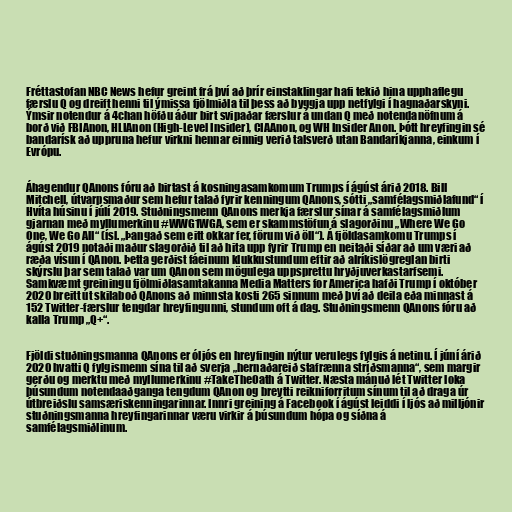
Fréttastofan NBC News hefur greint frá því að þrír einstaklingar hafi tekið hina upphaflegu
færslu Q og dreift henni til ýmissa fjölmiðla til þess að byggja upp netfylgi í hagnaðarskyni.
Ýmsir notendur á 4chan höfðu áður birt svipaðar færslur á undan Q með notendanöfnum á
borð við FBIAnon, HLIAnon (High-Level Insider), CIAAnon, og WH Insider Anon. Þótt hreyfingin sé
bandarísk að uppruna hefur virkni hennar einnig verið talsverð utan Bandaríkjanna, einkum í
Evrópu.

Áhagendur QAnons fóru að birtast á kosningasamkomum Trumps í ágúst árið 2018. Bill
Mitchell, útvarpsmaður sem hefur talað fyrir kenningum QAnons, sótti „samfélagsmiðlafund“ í
Hvíta húsinu í júlí 2019. Stuðningsmenn QAnons merkja færslur sínar á samfélagsmiðlum
gjarnan með myllumerkinu #WWG1WGA, sem er skammstöfun á slagorðinu „Where We Go
One, We Go All“ (ísl. „Þangað sem eitt okkar fer, förum við öll“). Á fjöldasamkomu Trumps í
ágúst 2019 notaði maður slagorðið til að hita upp fyrir Trump en neitaði síðar að um væri að
ræða vísun í QAnon. Þetta gerðist fáeinum klukkustundum eftir að alríkislögreglan birti
skýrslu þar sem talað var um QAnon sem mögulega uppsprettu hryðjuverkastarfsemi.
Samkvæmt greiningu fjölmiðlasamtakanna Media Matters for America hafði Trump í október
2020 breitt út skilaboð QAnons að minnsta kosti 265 sinnum með því að deila eða minnast á
152 Twitter-færslur tengdar hreyfingunni, stundum oft á dag. Stuðningsmenn QAnons fóru að
kalla Trump „Q+“.

Fjöldi stuðningsmanna QAnons er óljós en hreyfingin nýtur verulegs fylgis á netinu. Í júní árið
2020 hvatti Q fylgismenn sína til að sverja „hernaðareið stafrænna stríðsmanna“, sem margir
gerðu og merktu með myllumerkinu #TakeTheOath á Twitter. Næsta mánuð lét Twitter loka
þúsundum notendaaðganga tengdum QAnon og breytti reikniforritum sínum til að draga úr
útbreiðslu samsæriskenningarinnar. Innri greining á Facebook í ágúst leiddi í ljós að milljónir
stuðningsmanna hreyfingarinnar væru virkir á þúsundum hópa og síðna á
samfélagsmiðlinum.